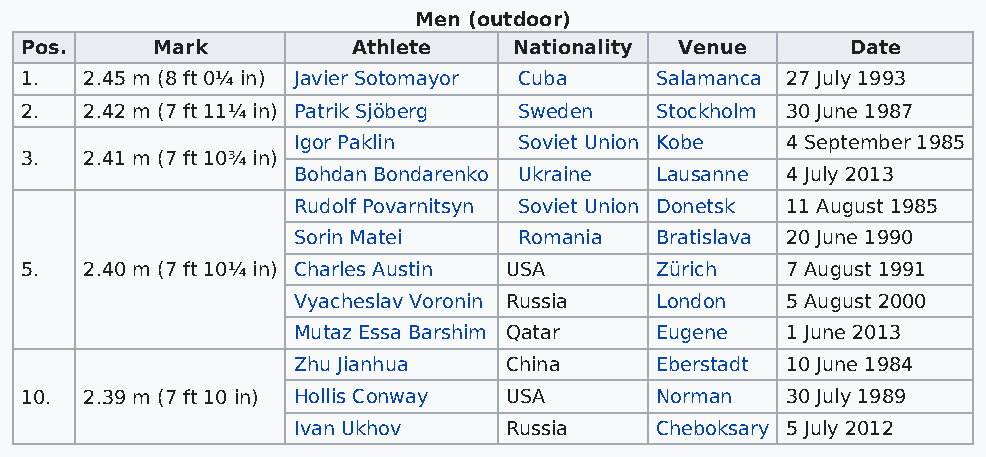
Men (outdoor)
 Pos.     Mark         Athlete    Nationality Venue     Date
 1.   2.45 m (8 ft 0¼ in) Javier Sotomayor Cuba Salamanca 27 July 1993
 2.   2.42 m (7 ft 11¼ in) Patrik Sjöberg Sweden Stockholm 30 June 1987
 Igor Paklin    Soviet Union Kobe 4 September 1985
 3.   2.41 m (7 ft 10¾ in)
 Bohdan Bondarenko Ukraine Lausanne 4 July 2013
 Rudolf Povarnitsyn Soviet Union Donetsk 11 August 1985
 Sorin Matei    Romania  Bratislava 20 June 1990
 5.   2.40 m (7 ft 10¼ in) Charles Austin USA Zürich 7 August 1991
 Vyacheslav Voronin Russia London 5 August 2000
 Mutaz Essa Barshim Qatar Eugene  1 June 2013
 Zhu Jianhua   China     Eberstadt 10 June 1984
 10.  2.39 m (7 ft 10 in) Hollis Conway USA Norman  30 July 1989
 Ivan Ukhov    Russia    Cheboksary 5 July 2012